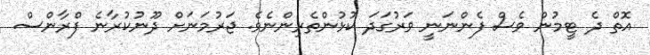
އޮތް ދެ ޓީމުން ވެސް ފެންނަނީ ވަރުގަދަ ކުޅުންތެރިންނެވެ. ޖަރުމަނަށް ދޫނުކުރާނެ ފްރާންސް